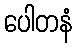
ပေါတနံ